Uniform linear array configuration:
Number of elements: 4
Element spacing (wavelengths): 0.75
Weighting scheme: hamming
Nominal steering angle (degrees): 45
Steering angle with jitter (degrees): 45.928
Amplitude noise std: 0.05
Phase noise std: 0.05

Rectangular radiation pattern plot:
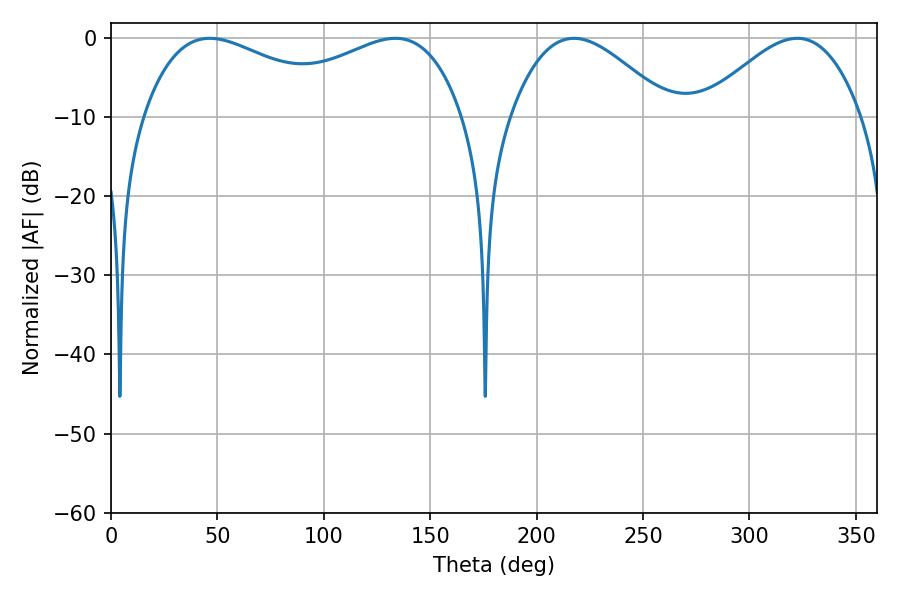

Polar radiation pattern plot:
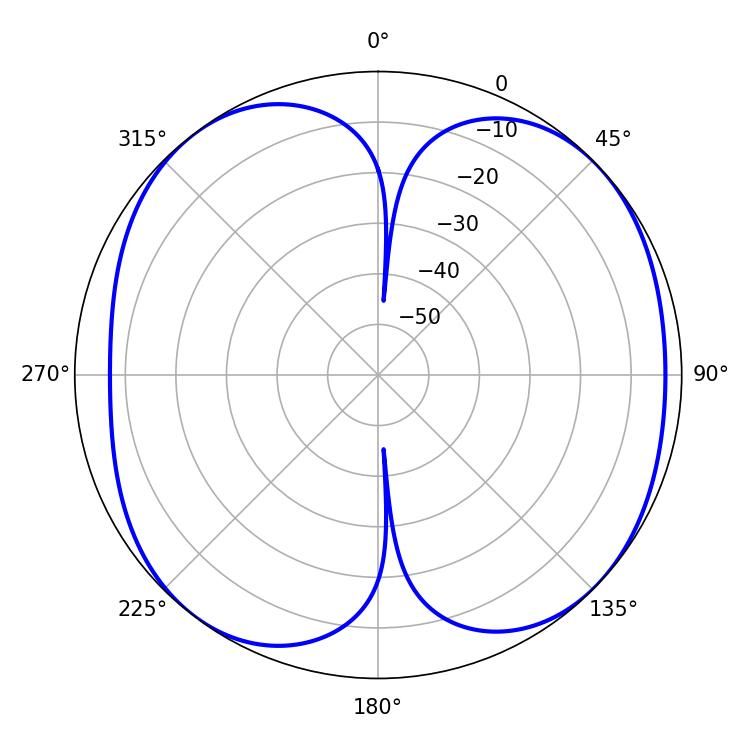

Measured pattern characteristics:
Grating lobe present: TRUE
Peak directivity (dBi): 8.362
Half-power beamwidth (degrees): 54.72
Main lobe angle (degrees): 46.44